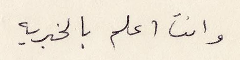
وانت اعلم بالخبرية